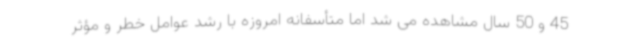
45 و 50 سال مشاهده می شد اما متأسفانه امروزه با رشد عوامل خطر و مؤثر